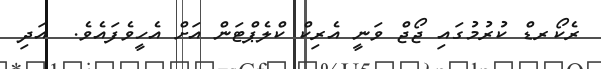
ރެކޯރޑް ކުރުމުގައި ޖޯޖް ވަނީ އެރިކް ކްލެޕްޓަން އަށް އެހީވެފައެވެ.  އަދި